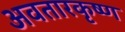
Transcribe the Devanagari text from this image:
अवतारकृष्ण